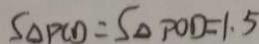
S _ { \Delta } P C D = S _ { \Delta } P O D = 1 . 5